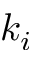
k _ { i }